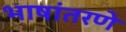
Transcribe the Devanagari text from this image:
भाषांतरणे